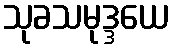
သုခသမုဒ္ဒယေ